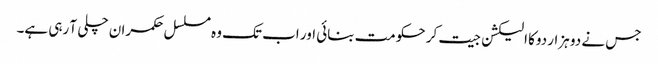
جس نے دو ہزار دوکا الیکشن جیت کر حکومت بنائی اور اب تک وہ مسلسل حکمران چلی آ رہی ہے۔